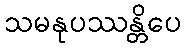
သမနုပဿန္တိပေ